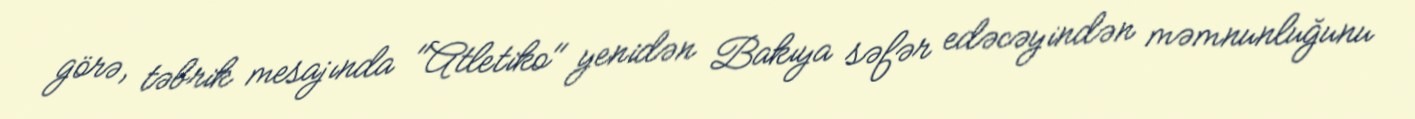
görə, təbrik mesajında "Atletiko" yenidən Bakıya səfər edəcəyindən məmnunluğunu